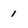
Character: 1